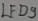
Text: LED9